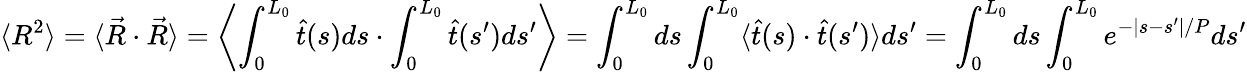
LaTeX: \langle R^{2}\rangle=\langle{\vec{R}}\cdot{\vec{R}}\rangle=\left\langle\int_{0}^{L_{0}}{\hat{t}}(s)ds\cdot\int_{0}^{L_{0}}{\hat{t}}(s^{\prime})ds^{\prime}\right\rangle=\int_{0}^{L_{0}}ds\int_{0}^{L_{0}}\langle{\hat{t}}(s)\cdot{\hat{t}}(s^{\prime})\rangle ds^{\prime}=\int_{0}^{L_{0}}ds\int_{0}^{L_{0}}e^{-\left|s-s^{\prime}\right|/P}ds^{\prime}